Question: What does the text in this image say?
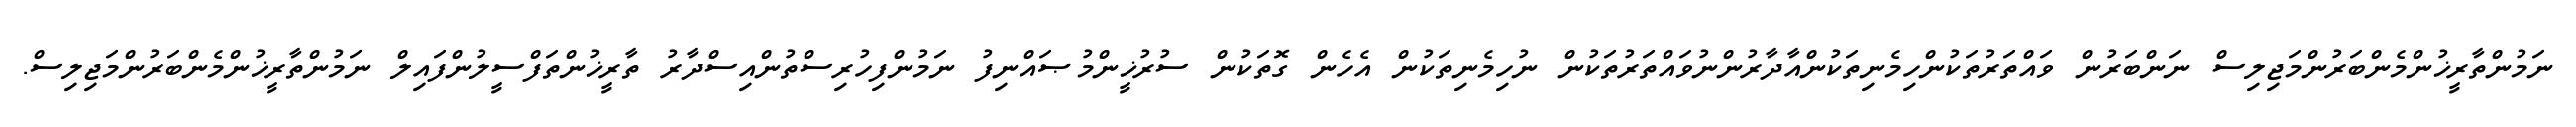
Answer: ނަމުންތާރީޚުންމެންބަރުންމަޖިލިސް ނަންބަރުން ވައްތަރުތަކުންހިމެނިތަކުންއާދާރުންނުވައްތަރުތަކުން ނުހިމެނިތަކުން އެހެން ގޮތަކުން ސުރުޚީންމުޞައްނިފު ނަމުންފިހުރިސްތުންއިސްދާރު ތާރީޚުންތަފްސީލުންފައިލް ނަމުންތާރީޚުންމެންބަރުންމަޖިލިސް.